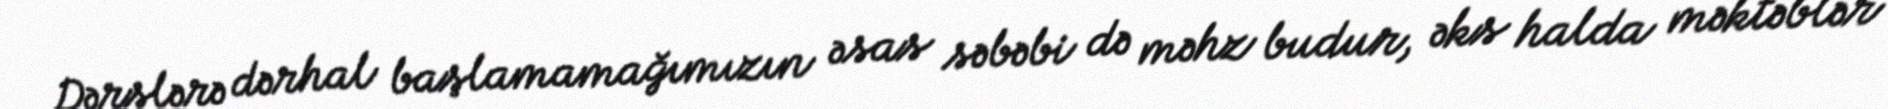
Dərslərə dərhal başlamamağımızın əsas səbəbi də məhz budur, əks halda məktəblər